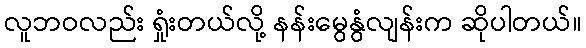
လူဘဝလည်း ရှုံးတယ်လို့ နန်းမွေနွံလျန်းက ဆိုပါတယ်။